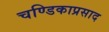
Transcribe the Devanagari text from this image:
चण्डिकाप्रसाद